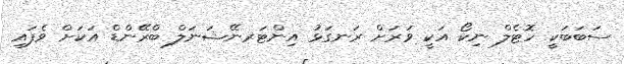
ސަބަބަކީ ހޮޓެލް ނިކޯ އަކީ ވަރަށް ރަނގަޅު އިންޓަރނޭޝަނަލް ބްރޭންޑް އަކަށް ވެފައި